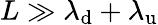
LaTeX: L\gg\lambda_{\mathrm{d}}+\lambda_{\mathrm{u}}